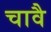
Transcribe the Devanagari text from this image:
चावै